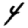
Digit: 4